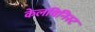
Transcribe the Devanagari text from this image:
केलविनिस्ट